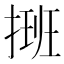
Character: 𢲔